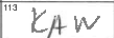
Transcription: KAW